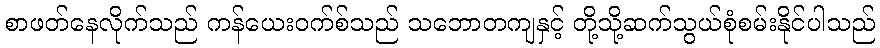
စာဖတ်နေလိုက်သည် ကန်ယေးဝက်စ်သည် သဘောတကျနှင့် တို့သို့ဆက်သွယ်စုံစမ်းနိုင်ပါသည်